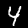
Digit: 4